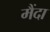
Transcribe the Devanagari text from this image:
मैंदा